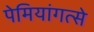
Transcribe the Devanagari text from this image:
पेमियांगत्से